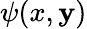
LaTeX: \psi(x,\mathbf{y})